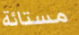
مستائة